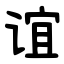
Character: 谊